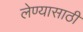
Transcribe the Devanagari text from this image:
लेण्यासाठी